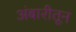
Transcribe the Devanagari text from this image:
अंबारीतून